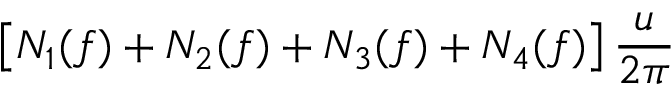
\displaystyle \left[ N _ { 1 } ( f ) + N _ { 2 } ( f ) + N _ { 3 } ( f ) + N _ { 4 } ( f ) \right] \frac { u } { 2 \pi }